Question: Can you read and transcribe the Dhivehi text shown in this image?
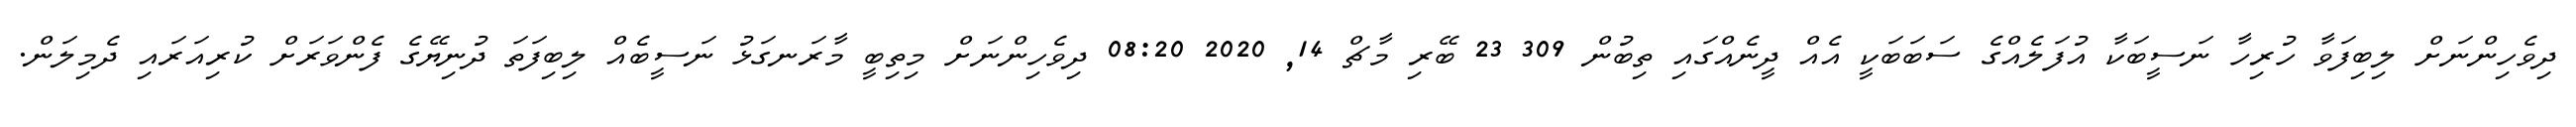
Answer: ދިވެހިންނަށް ލިބިފަވާ ހުރިހާ ނަސީބަކާ އުފަލެއްގެ ސަބަބަކީ އެއް ދީނެއްގައި ތިބުން 309 23 ބޭރި މާޗް 14, 2020 08:20 ދިވެހިންނަށް މިތިބީ މާރަނގަޅު ނަސީބެއް ލިބިފަތަ ދުނިޔޭގެ ފެންވަރަށް ކުރިއަރައި ދެމިލަން.